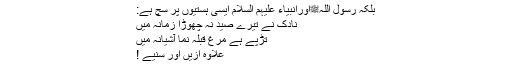
بلکہ رسول اللہﷺاورانبیاء علیہم السلام ایسی ہستیوں پر سچ ہے:
نادک نے تیرے صید نہ چھوڑا زمانہ میں
تڑپے ہے مرغ قبلہ نما آشیانہ میں
علاوہ ازیں اور سنیے !